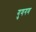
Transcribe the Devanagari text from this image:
गुणगण